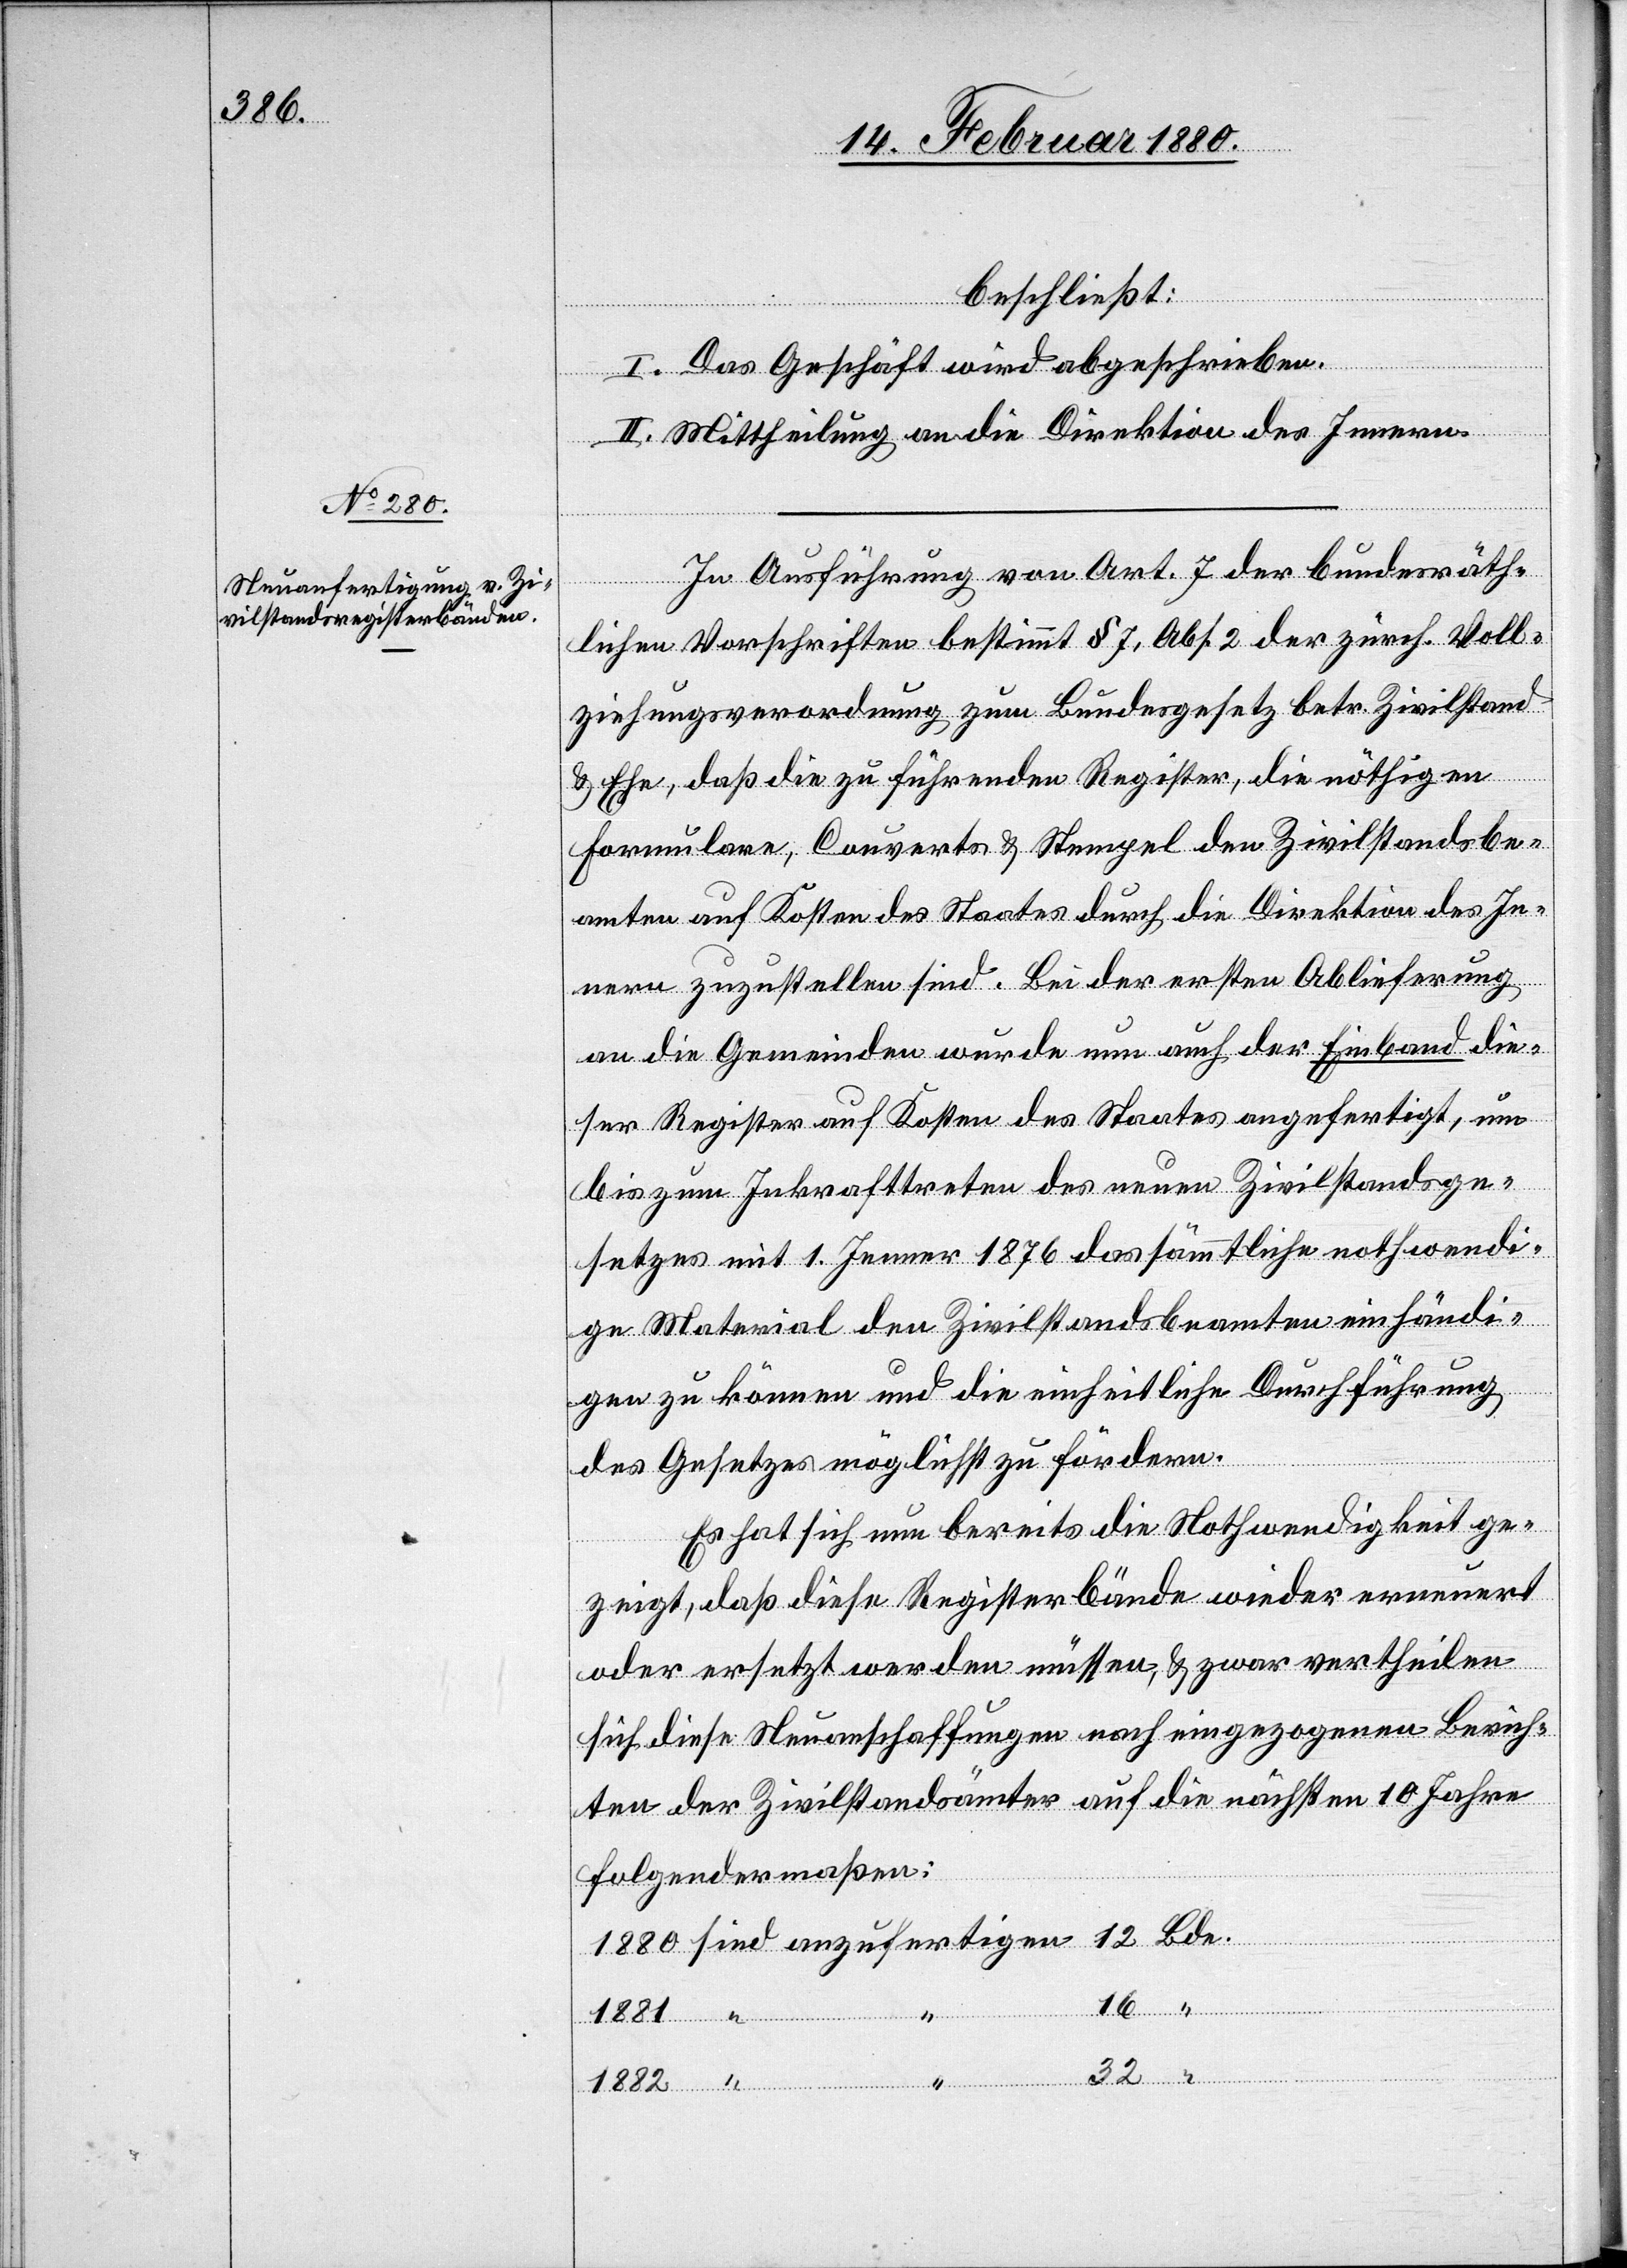
beschließt:
I. Das Geschäft wird abgewiesen.
II. Mittheilung an die Direktion des Innern.
In Ausführung von Art. 7 der bundesräth¬
lichen Vorschriften bestimmt § 7, Abs. 2 der zürch. Voll¬
ziehungsverordnung zum Bundesgesetz betr. Zivilstand
& Ehe, daß die zu führenden Register, die nöthigen
Formulare, Couverte & Stempel den Zivilstandsbe¬
amten auf Kosten des Staates durch die Direktion des In¬
nern zuzustellen sind. Bei der ersten Ablieferung
an die Gemeinden wurde nun auch der Einband die¬
ser Register auf Kosten des Staates angefertigt, um
bis zum Inkrafttreten des neuen Zivilstandsge¬
setzes mit 1. Jenner 1876 das sämmtliche nothwendi¬
ge Material den Zivilstandsbeamten einhändi¬
gen zu können und die einheitliche Durchführung
des Gesetzes möglichst zu fördern.
Es hat sich nun bereits die Nothwendigkeit ge¬
zeigt, daß diese Registerbände wieder erneuert
oder ersetzt werden müssen, & zwar vertheilen
sich diese Neuanschaffungen nach eingezogenen Berich¬
ten der Zivilstandsämter auf die nächsten 10 Jahre
folgendermaßen:
16
“
Bde.
1882